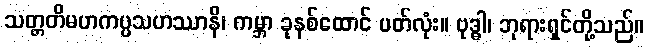
သတ္တတိမဟကပ္ပသဟဿာနိ၊ ကမ္ဘာ ခုနစ်ထောင် ပတ်လုံး။ ဗုဒ္ဓါ၊ ဘုရားရှင်တို့သည်။